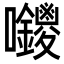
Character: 𭍊